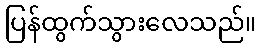
ပြန်ထွက်သွားလေသည်။